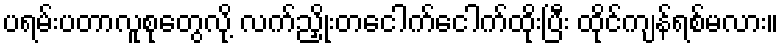
ပရမ်းပတာလူစုတွေလို့ လက်ညှိုးတငေါက်ငေါက်ထိုးပြီး ထိုင်ကျန်ရစ်မလား။